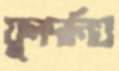
ফুলদানিও